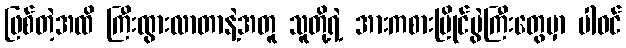
ဖြစ်တဲ့အထိ ကြီးထွားလာတာနဲ့အတူ သူတို့ရဲ့ အားကစားပြိုင်ပွဲကြီးတွေမှာ ပါဝင်